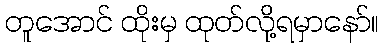
တူအောင် ထိုးမှ ထုတ်လို့ရမှာနော်။